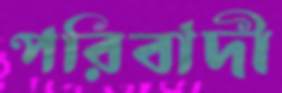
পরিবাদী